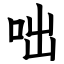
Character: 咄